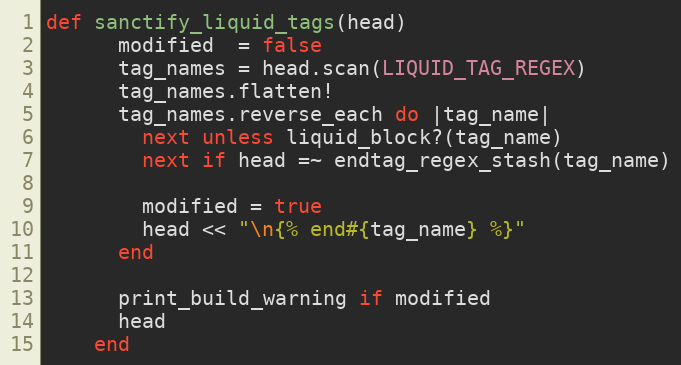
Language: Ruby
def sanctify_liquid_tags(head)
      modified  = false
      tag_names = head.scan(LIQUID_TAG_REGEX)
      tag_names.flatten!
      tag_names.reverse_each do |tag_name|
        next unless liquid_block?(tag_name)
        next if head =~ endtag_regex_stash(tag_name)

        modified = true
        head << "\n{% end#{tag_name} %}"
      end

      print_build_warning if modified
      head
    end